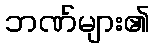
ဘဏ်များ၏